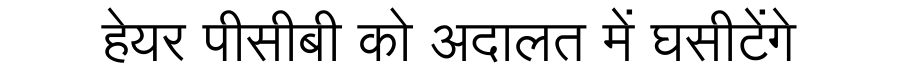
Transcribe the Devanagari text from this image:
हेयर पीसीबी को अदालत में घसीटेंगे